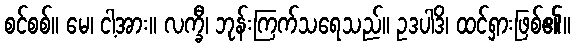
စင်စစ်။ မေ၊ ငါ့အား။ လက္ခီ၊ ဘုန်းကြက်သရေသည်။ ဥဒပါဒိ၊ ထင်ရှားဖြစ်၏။